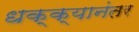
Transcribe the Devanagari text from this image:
धक्क्यानंतर